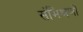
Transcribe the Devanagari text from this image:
संमिश्रणों